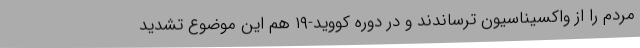
مردم را از واکسیناسیون ترساندند و در دوره کووید-۱۹ هم این موضوع تشدید